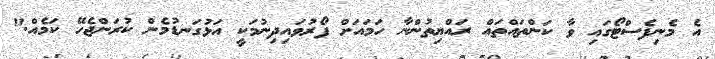
އެ މެނިފެސްޓޯގައި ވާ ކަންތައްތައް ރައްޔިތުންނާ ހަމައަށް ފޯރުވައިދިނުމަކީ އަޅުގަނޑުމެން ކުރަންޖެހޭ ކަމެއް."